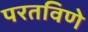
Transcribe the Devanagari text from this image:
परतविणे